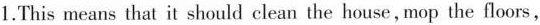
1.This means that it should clean the house, mop the floors,